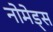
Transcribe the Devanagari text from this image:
नोमेड्स